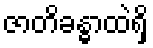
ဇာတိခန္ဓာထဲရှိ